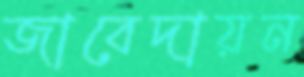
জাবেদায়ন